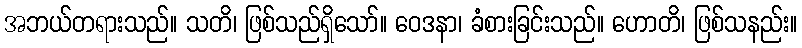
အဘယ်တရားသည်။ သတိ၊ ဖြစ်သည်ရှိသော်။ ဝေဒနာ၊ ခံစားခြင်းသည်။ ဟောတိ၊ ဖြစ်သနည်း။